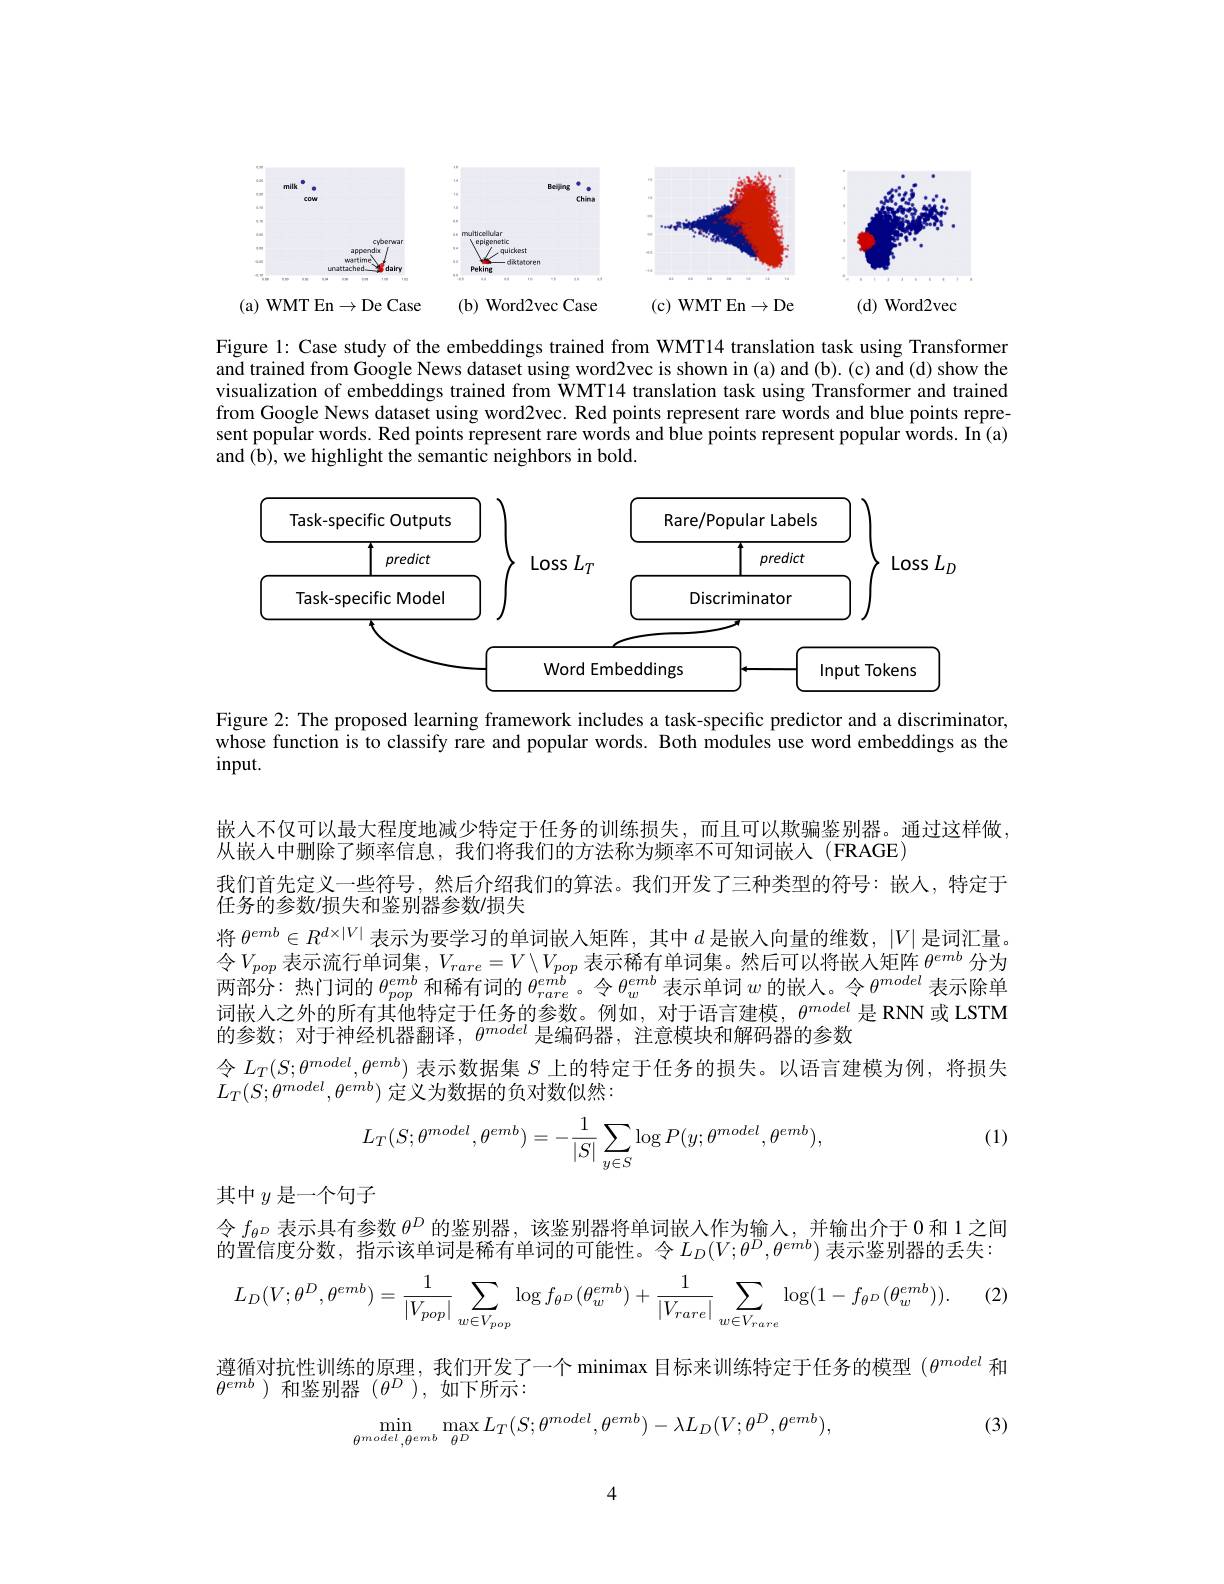
<FigureHere>

(a) WMT En$\to$De Case
(b) Word2vec Case
(c) WMT En$\to$De
(d) Word2vec

Figure 1: Case study of the embeddings trained from WMT14 translation task using Transformer and trained from Google News dataset using word2vec is shown in (a) and (b). (c) and (d) show the visualization of embeddings trained from WMT14 translation task using Transformer and trained from Google News dataset using word2vec. Red points represent rare words and blue points represent popular words. Red points represent rare words and blue points represent popular words. In (a) and (b), we highlight the semantic neighbors in bold.

<FigureHere>

Figure 2: The proposed learning framework includes a task-specific predictor and a discriminator, whose function is to classify rare and popular words. Both modules use word embeddings as the $input.$

嵌人不仅可以最大程度地减少特定于任务的训练损失，而且可以欺骗鉴别器。通过这样做，
从嵌人中删除了频率信息，我们将我们的方法称为频率不可知词嵌人(FRAGE)
我们首先定义一些符号，然后介绍我们的算法。我们开发了三种类型的符号：嵌人，特定于
任务的参数/损失和鉴别器参数/损失
将$\theta^{emb}\in R^{d\times|V|}$表示为要学习的单词嵌入矩阵，其中$d$是嵌人向量的维数，$|V|$是词汇量。令$V_pop$表示流行单词集$,V_rare=V\backslash V_{pop}$表示稀有单词集。然后可以将嵌入矩阵$\theta^emb$分为两部分：热门词的$\theta_pop^{emb}$和稀有词的$\theta_rare$。令$\theta_w^emb$表示单词$w$的嵌人。令$\theta^model$表示除单词嵌人之外的所有其他特定于任务的参数。例如，对于语言建模，$\theta^{model}$是 RNN 或 LSTM 的参数；对于神经机器翻译，$\theta^model$是编码器，注意模块和解码器的参数
令$L_T(S;\theta^{model},\theta^{emb})$表示数据集$S$上的特定于任务的损失。以语言建模为例，将损失
$L_{T}(S;\theta^{model},\theta^{emb})$ 定义为数据的负对数似然：

(1)
$$\begin{aligned}L_T(S;\theta^{model},\theta^{emb})=-\frac{1}{|S|}\sum_{y\in S}\log P(y;\theta^{model},\theta^{emb}),\end{aligned}$$
其中$y$是一个句子

令$f_\theta^D$表示具有参数$\theta^D$的鉴别器，该鉴别器将单词嵌入作为输入，并输出介于 0 和 1 之间的置信度分数，指示该单词是稀有单词的可能性。令$L_D(V;\theta^D,\theta^{emb})$ 表示鉴别器的丢失：

(2)
$$L_{D}(V;\theta^{D},\theta^{emb})=\frac{1}{|V_{pop}|}\sum_{w\in V_{pop}}\log f_{\theta^{D}}(\theta_{w}^{emb})+\frac{1}{|V_{rare}|}\sum_{w\in V_{rare}}\log(1-f_{\theta^{D}}(\theta_{w}^{emb})).$$
遵循对抗性训练的原理，我们开发了一个 minimax 目标来训练特定于任务的模型$(\theta^{model}$和
$\theta^{emb}$)和鉴别器$(\theta^D$),如下所示：
$$\min\limits_{\theta^{model},\theta^{emb}}\max\limits_{\theta^{D}}L_{T}(S;\theta^{model},\theta^{emb})-\lambda L_{D}(V;\theta^{D},\theta^{emb}),$$
(3)

4